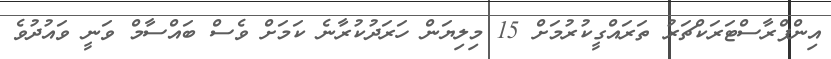
އިންފްރާސްޓަރަކްޗަރު ތަރައްގީކުރުމަށް 15 މިލިޔަން ހަރަދުކުރާނެ ކަމަށް ވެސް ބައްސާމް ވަނީ ވައުދުވެ